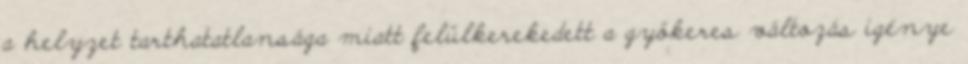
a helyzet tarthatatlansága miatt felülkerekedett a gyökeres változás igénye